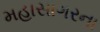
મહાસાગરના